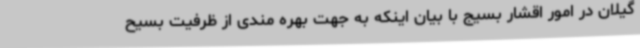
گیلان در امور اقشار بسیج با بیان اینکه به جهت بهره مندی از ظرفیت بسیح